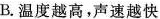
B. 温度越高，声速越快